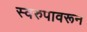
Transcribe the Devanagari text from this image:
स्वरुपावरून